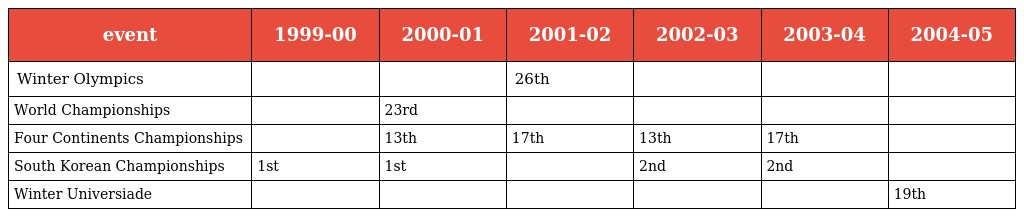
| event | 1999-00 | 2000-01 | 2001-02 | 2002-03 | 2003-04 | 2004-05 |
 | --- | --- | --- | --- | --- | --- | --- |
 | Winter Olympics |  |  | 26th |  |  |  |
 | World Championships |  | 23rd |  |  |  |  |
 | Four Continents Championships |  | 13th | 17th | 13th | 17th |  |
 | South Korean Championships | 1st | 1st |  | 2nd | 2nd |  |
 | Winter Universiade |  |  |  |  |  | 19th |